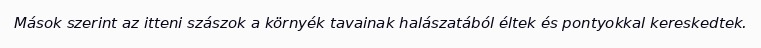
Mások szerint az itteni szászok a környék tavainak halászatából éltek és pontyokkal kereskedtek.